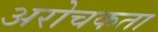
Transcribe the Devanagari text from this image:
अरोचकता